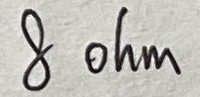
Text: 8 ohm